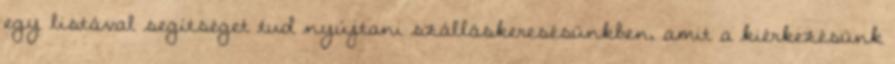
egy listával segítséget tud nyújtani szálláskeresésünkben, amit a kiérkezésünk